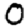
Digit: 0